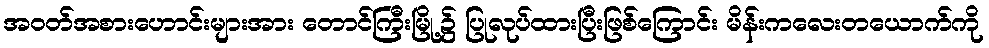
အဝတ်အစားဟောင်းများအား တောင်ကြီးမြို့၌ ပြုလုပ်ထားပြီးဖြစ်ကြောင်း မိန်းကလေးတယောက်ကို